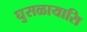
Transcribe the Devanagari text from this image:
घुसळायासि